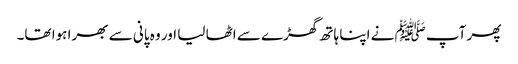
پھر آپﷺ نے اپنا ہاتھ گھڑے سے اٹھا لیا اور وہ پانی سے بھرا ہوا تھا۔